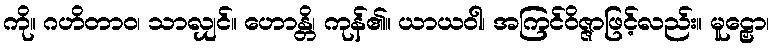
ကို။ ဂဟိတာဝ၊ သာလျှင်။ ဟောန္တိ၊ ကုန်၏။ ယာယဝါ၊ အကြင်ဝိဇ္ဇာဖြင့်လည်း။ မူဠှော၊